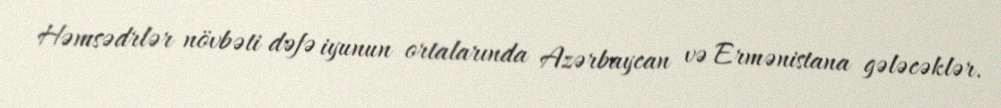
Həmsədrlər növbəti dəfə iyunun ortalarında Azərbaycan və Ermənistana gələcəklər.